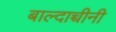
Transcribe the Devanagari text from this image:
बाल्दाच्चीनी